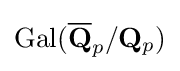
{\text{Gal}}({\overline {\mathbf {Q} }}_{p}/\mathbf {Q} _{p})